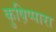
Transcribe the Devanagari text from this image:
कुष़िप्पारा